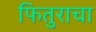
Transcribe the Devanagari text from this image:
फितुराचा